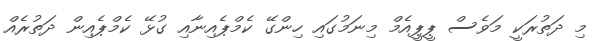
މި ދަތުރަކީ މަވެސް ޕީޕީއެމް މިނަމުގައި ހިންގޭ ކެމްޕެއިނާއި ގުޅޭ ކެމްޕެއިން ދަތުރެއް